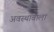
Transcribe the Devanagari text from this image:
अवस्थावाला